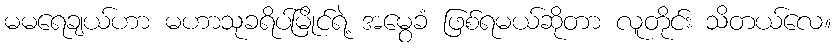
မမရေချယ်ဟာ မဟာသုခရိပ်မြိုင်ရဲ့ အမွေခံ ဖြစ်ရမယ်ဆိုတာ လူတိုင်း သိတယ်လေ။